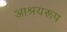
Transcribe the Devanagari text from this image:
आश्रयरूप